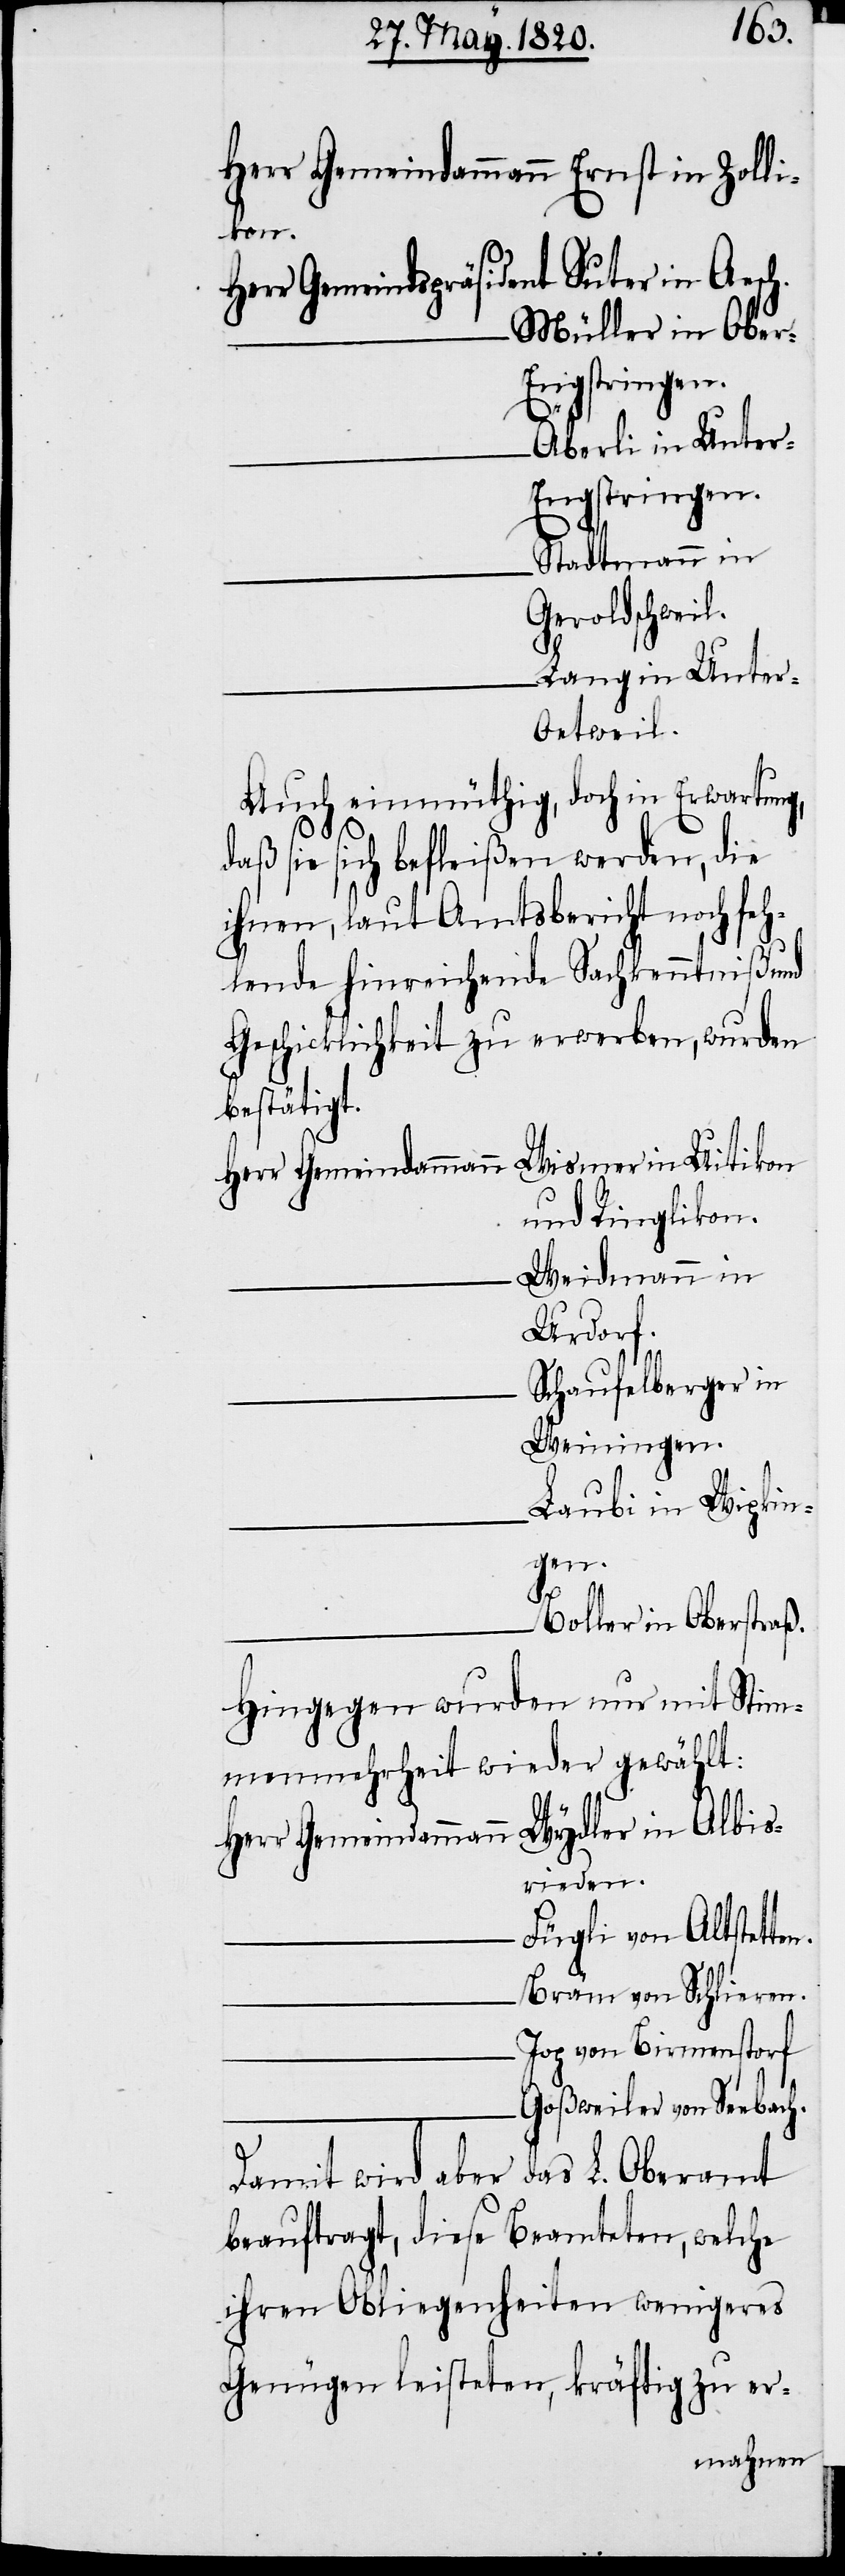
Herr Gemeindammann	Ernst in Zolli¬
kon
Herr Gemeindspräsident	Suter in Aesch.
Müller in Ober-E¬
Äberli in Unte¬
r-Engstringen.
Stadtmann in
Geroldschweil.
Lang in Unter-O¬
etweil.
Auch einmüthig, doch in Erwartung,
daß sie sich befleißen werden, die
ihnen, laut Amtsbericht noch feh¬
lende hinreichende Sachkenntniß und
Geschicklichkeit zu erwerben, wurden
bestätigt.
Herr Gemeindammann	Wismer in Uitikon
und Ringlikon.
Weidmann in
Urdorf.
Schaufelberger in
Weiningen.
Laubi in Wipkin¬
en.
Boller in Oberstraß.
Hingegen wurden nur mit Stim¬
menmehrheit wieder gewählt:
Herr Gemeindammann	Wydler in Albis¬
rieden.
Fügli von Altstett¬
Bräm von Schlieren.
Jop von Birmenstorf.
Goßweiler von Seebach.
Damit wird aber das L. Oberamt
beauftragt, diese Beamteten, welche
ihren Obliegenheiten wenigeres
Genügen leisteten, kräftig zu er-